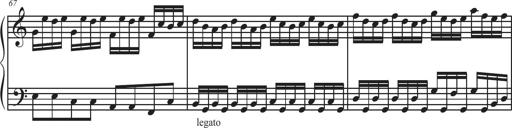
Title: Sonatina Espania
Composer: Jerald Franklin Archer
Key: Various